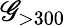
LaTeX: \mathscr{G}_{>300}